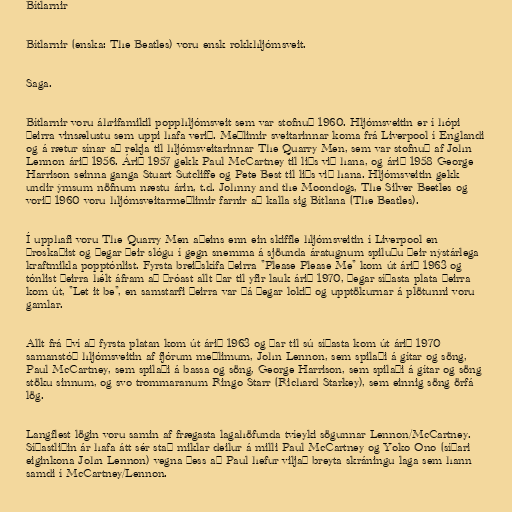
Bítlarnir

Bítlarnir (enska: The Beatles) voru ensk rokkhljómsveit.

Saga.

Bítlarnir voru áhrifamikil popphljómsveit sem var stofnuð 1960. Hljómsveitin er í hópi
þeirra vinsælustu sem uppi hafa verið. Meðlimir sveitarinnar koma frá Liverpool í Englandi
og á rætur sínar að rekja til hljómsveitarinnar The Quarry Men, sem var stofnuð af John
Lennon árið 1956. Árið 1957 gekk Paul McCartney til liðs við hana, og árið 1958 George
Harrison seinna ganga Stuart Sutcliffe og Pete Best til liðs við hana. Hljómsveitin gekk
undir ýmsum nöfnum næstu árin, t.d. Johnny and the Moondogs, The Silver Beetles og
vorið 1960 voru hljómsveitarmeðlimir farnir að kalla sig Bítlana (The Beatles).

Í upphafi voru The Quarry Men aðeins enn ein skiffle hljómsveitin í Liverpool en
þroskaðist og þegar þeir slógu í gegn snemma á sjöunda áratugnum spiluðu þeir nýstárlega
kraftmikla popptónlist. Fyrsta breiðskífa þeirra "Please Please Me" kom út árið 1963 og
tónlist þeirra hélt áfram að þróast allt þar til yfir lauk árið 1970, þegar síðasta plata þeirra
kom út, "Let it be", en samstarfi þeirra var þá þegar lokið og upptökurnar á plötunni voru
gamlar.

Allt frá því að fyrsta platan kom út árið 1963 og þar til sú síðasta kom út árið 1970
samanstóð hljómsveitin af fjórum meðlimum, John Lennon, sem spilaði á gítar og söng,
Paul McCartney, sem spilaði á bassa og söng, George Harrison, sem spilaði á gítar og söng
stöku sinnum, og svo trommaranum Ringo Starr (Richard Starkey), sem einnig söng örfá
lög.

Langflest lögin voru samin af frægasta lagahöfunda tvíeyki sögunnar Lennon/McCartney.
Síðastliðin ár hafa átt sér stað miklar deilur á milli Paul McCartney og Yoko Ono (síðari
eiginkona John Lennon) vegna þess að Paul hefur viljað breyta skráningu laga sem hann
samdi í McCartney/Lennon.